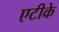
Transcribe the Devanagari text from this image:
एटीके